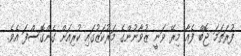
ފުރަތަމަ ޖޮބް ފެއާ މިރޭ ވަނީ ޒުވާނުންގެ މަރުކަޒުގައި ކުރިއަށް ގެންގޮސްފަ އެވެ.